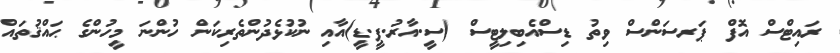
ރައިޓްސް އޮފް ޕަރސަންސް ވިތު ޑިސްއެބިލިޓީސް (ސީ.އާރު.ޕީ.ޑީ)އާއި ނުކުޅެދުންތެރިކަން ހުންނަ މީހުންގެ ޙައްޤުތައް